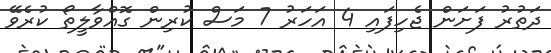
ދަތުރު ފަށަން ޖެހިފައި 4 އަހަރު 7 މަސް ކުރިން ގޮއްވާލީތޯ ކުރެވޭ